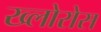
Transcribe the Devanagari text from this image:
ख्लोरोस